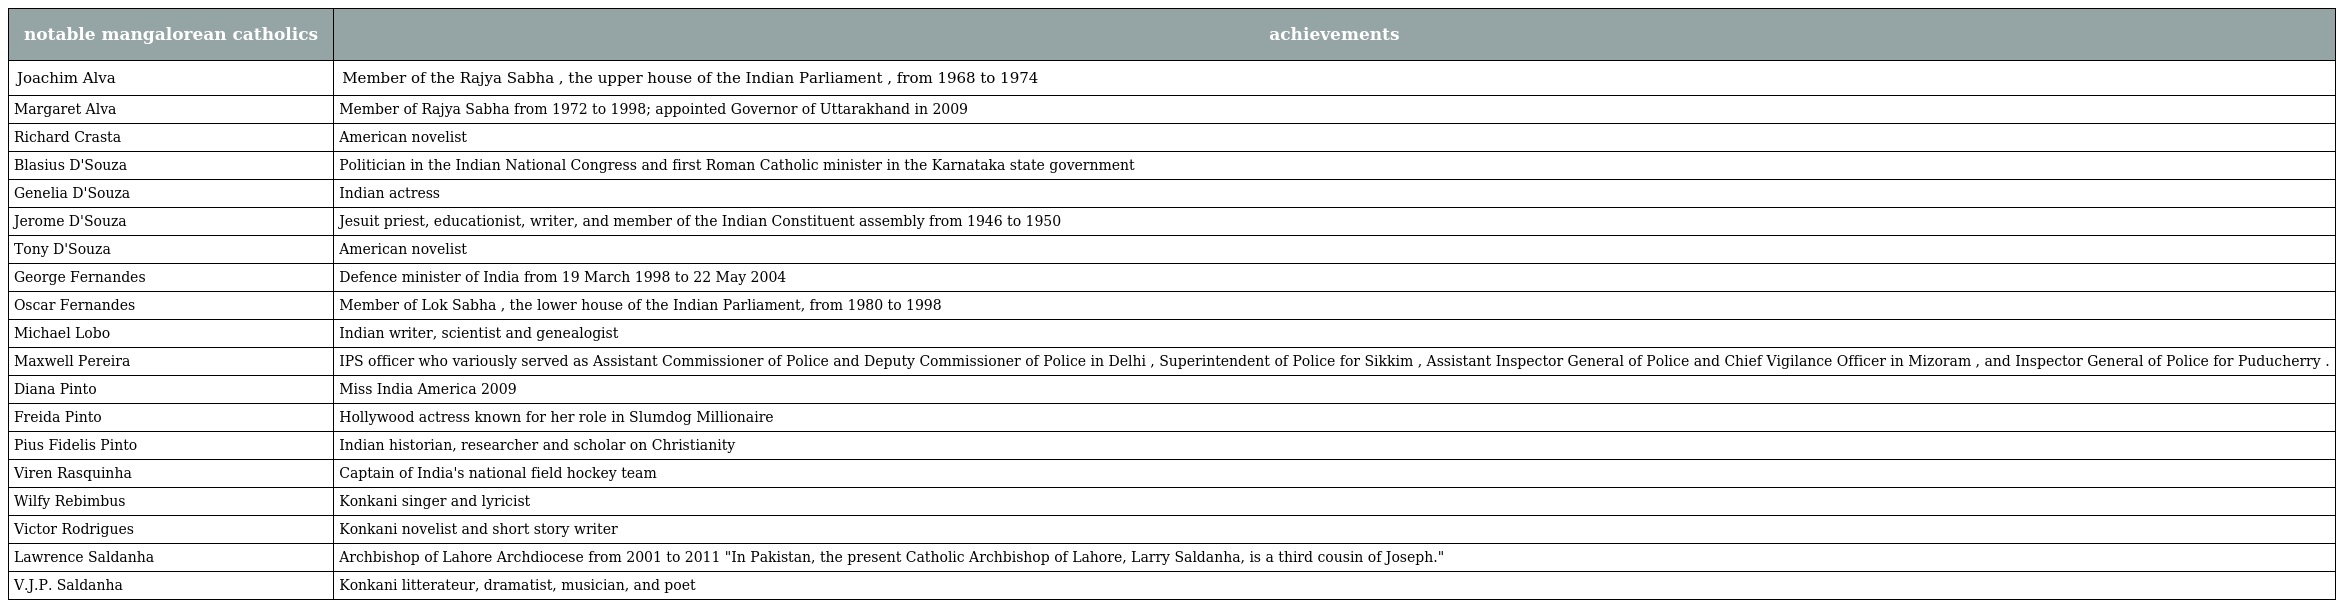
| notable mangalorean catholics | achievements |
 | --- | --- |
 | Joachim Alva | Member of the Rajya Sabha , the upper house of the Indian Parliament , from 1968 to 1974 |
 | Margaret Alva | Member of Rajya Sabha from 1972 to 1998; appointed Governor of Uttarakhand in 2009 |
 | Richard Crasta | American novelist |
 | Blasius D'Souza | Politician in the Indian National Congress and first Roman Catholic minister in the Karnataka state government |
 | Genelia D'Souza | Indian actress |
 | Jerome D'Souza | Jesuit priest, educationist, writer, and member of the Indian Constituent assembly from 1946 to 1950 |
 | Tony D'Souza | American novelist |
 | George Fernandes | Defence minister of India from 19 March 1998 to 22 May 2004 |
 | Oscar Fernandes | Member of Lok Sabha , the lower house of the Indian Parliament, from 1980 to 1998 |
 | Michael Lobo | Indian writer, scientist and genealogist |
 | Maxwell Pereira | IPS officer who variously served as Assistant Commissioner of Police and Deputy Commissioner of Police in Delhi , Superintendent of Police for Sikkim , Assistant Inspector General of Police and Chief Vigilance Officer in Mizoram , and Inspector General of Police for Puducherry . |
 | Diana Pinto | Miss India America 2009 |
 | Freida Pinto | Hollywood actress known for her role in Slumdog Millionaire |
 | Pius Fidelis Pinto | Indian historian, researcher and scholar on Christianity |
 | Viren Rasquinha | Captain of India's national field hockey team |
 | Wilfy Rebimbus | Konkani singer and lyricist |
 | Victor Rodrigues | Konkani novelist and short story writer |
 | Lawrence Saldanha | Archbishop of Lahore Archdiocese from 2001 to 2011 "In Pakistan, the present Catholic Archbishop of Lahore, Larry Saldanha, is a third cousin of Joseph." |
 | V.J.P. Saldanha | Konkani litterateur, dramatist, musician, and poet |